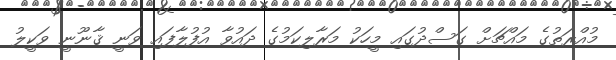
މުއްރަތުގެ މައްޗަށް ގަސްދުގައި މީހަކު މަރާލިކަމުގެ ދައުވާ އުފުލާފައި ވަނީ ޤާނޫނީ ވަކީލު